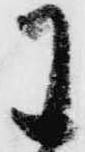
わ